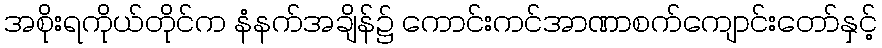
အစိုးရကိုယ်တိုင်က နံနက်အချိန်၌ ကောင်းကင်အာဏာစက်ကျောင်းတော်နှင့်